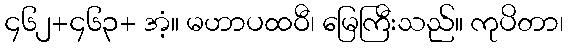
၄၆၂+၄၆၃+ အံ့။ မဟာပထဝီ၊ မြေကြီးသည်။ ကုပိတာ၊